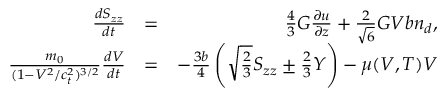
\begin{array} { r l r } { \frac { d S _ { z z } } { d t } } & { = } & { \frac { 4 } { 3 } G \frac { \partial u } { \partial z } + \frac { 2 } { \sqrt { 6 } } G V b n _ { d } , } \\ { \frac { m _ { 0 } } { ( 1 - V ^ { 2 } / c _ { t } ^ { 2 } ) ^ { 3 / 2 } } \frac { d V } { d t } } & { = } & { - \frac { 3 b } { 4 } \left( \sqrt { \frac { 2 } { 3 } } S _ { z z } \pm \frac { 2 } { 3 } Y \right) - \mu ( V , T ) V } \end{array}